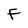
Character: F